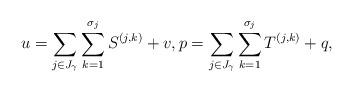
LaTeX: \begin{align*} u = \sum_{j \in J_{\gamma}} \sum_{k=1}^{\sigma_j} S^{(j,k)} + v, p= \sum_{j \in J_{\gamma}} \sum_{k=1}^{\sigma_j} T^{(j,k)} + q,\end{align*}